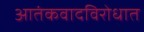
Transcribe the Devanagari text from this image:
आतंकवादविरोधात